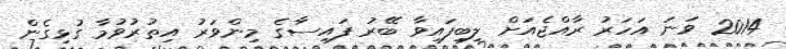
2014 ވަނަ އަހަރު ރާއްޖެއަށް ލިބިފައިވާ ބޭރު ފައިސާގެ މިންވަރު އިތުރުވުމާ ގުޅިގެން